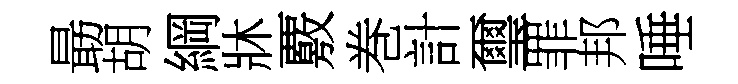
朂胡綱牀覈巻計璽罪邦唾